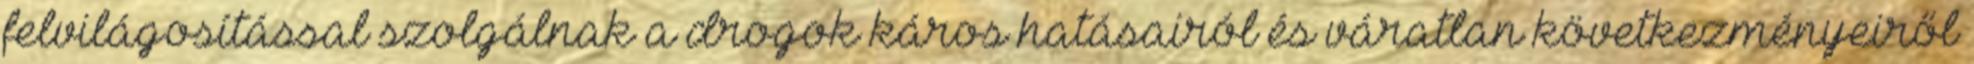
felvilágosítással szolgálnak a drogok káros hatásairól és váratlan következményeiről